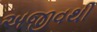
અજીવથી